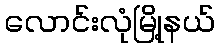
လောင်းလုံမြို့နယ်